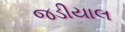
જડીયાલ